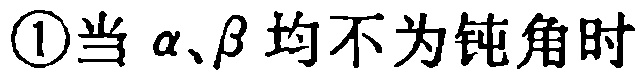
\textcircled{1}当\(\alpha、\beta\)均不为钝角时